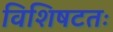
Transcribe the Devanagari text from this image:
विशिषटतः